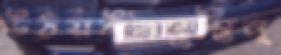
উঠয়ঈষদুম্ভিন্